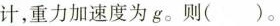
计，重力加速度为g_{0}则（）。